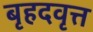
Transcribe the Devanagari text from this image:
बृहदवृत्त